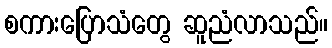
စကားပြောသံတွေ ဆူညံလာသည်။